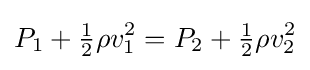
P_{1}+{\tfrac {1}{2}}\rho v_{1}^{2}=P_{2}+{\tfrac {1}{2}}\rho v_{2}^{2}